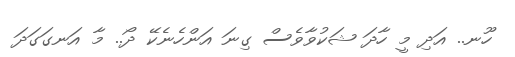
ހޫނ.. އަދި މީ ހާދަ ޝަކުވާވެސް ގިނަ އަންހެނެކޭ ދޯ.. މާ އަނގަގަދަ